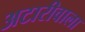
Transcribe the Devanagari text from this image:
अटारीवाला